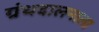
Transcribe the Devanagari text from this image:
ग्रंथदालनाला